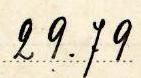
29.79